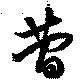
蕳